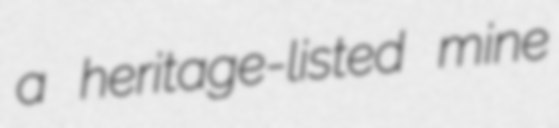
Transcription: a heritage-listed mine